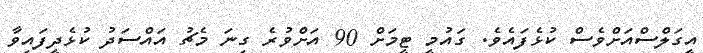
އީގަލްސްއަށްވެސް ކުޅެފައެވެ. ގައުމީ ޓީމަށް 90 އަށްވުރެ ގިނަ މެޗު އައްސަދު ކުޅެދީފައިވާ